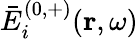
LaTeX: \bar{E}_{i}^{(0,+)}(\mathbf{r},\omega)